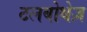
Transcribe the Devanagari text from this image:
टलबोथेज़